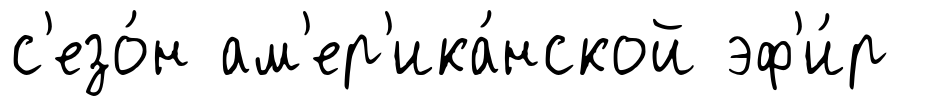
с'езо́н ам'ер'ика́нской эф'и́р